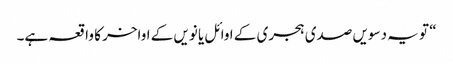
“ تو یہ دسویں صدی ہجری کے اوائل یا نویں کے اواخر کا واقعہ ہے۔